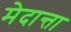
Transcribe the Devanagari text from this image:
मेदान्ता